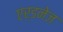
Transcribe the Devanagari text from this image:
एर्डनेज